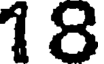
1 6